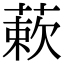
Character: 蔌